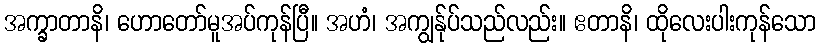
အက္ခာတာနိ၊ ဟောတော်မူအပ်ကုန်ပြီ။ အဟံ၊ အကျွန်ုပ်သည်လည်း။ ဧတာနိ၊ ထိုလေးပါးကုန်သော